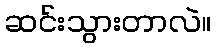
ဆင်းသွားတာလဲ။